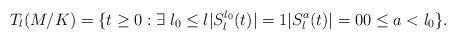
LaTeX: \begin{align*} T_l(M/K)=\{t\ge0:\exists\;l_0\le l|S_l^{l_0}(t)|=1|S_l^a(t)|=00\le a< l_0\}.\end{align*}